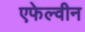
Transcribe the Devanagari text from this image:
एफेल्वीन